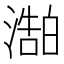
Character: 𬈻